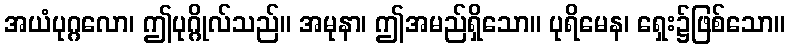
အယံပုဂ္ဂလော၊ ဤပုဂ္ဂိုလ်သည်။ အမုနာ၊ ဤအမည်ရှိသော။ ပုရိမေန၊ ရှေး၌ဖြစ်သော။